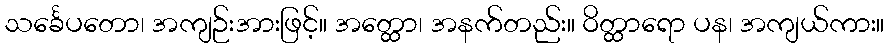
သင်္ခေပတော၊ အကျဉ်းအားဖြင့်။ အတ္ထော၊ အနက်တည်း။ ဝိတ္ထာရော ပန၊ အကျယ်ကား။